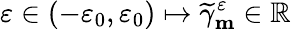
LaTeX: \varepsilon\in(-\varepsilon_{0},\varepsilon_{0})\mapsto\widetilde{\gamma}_{\mathbf{m}}^{\varepsilon}\in\mathbb{R}